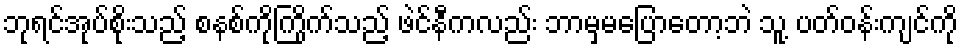
ဘုရင်အုပ်စိုးသည့် စနစ်ကိုကြိုက်သည့် ဖဲင်နီကလည်း ဘာမှမပြောတော့ဘဲ သူ့ ပတ်ဝန်းကျင်ကို